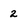
Character: 2